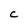
Character: c